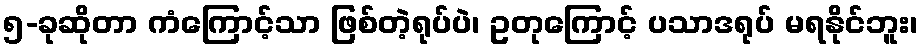
၅-ခုဆိုတာ ကံကြောင့်သာ ဖြစ်တဲ့ရုပ်ပဲ၊ ဥတုကြောင့် ပသာဒရုပ် မရနိုင်ဘူး၊